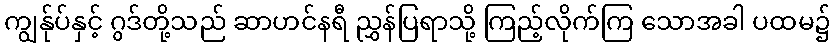
ကျွန်ုပ်နှင့် ဂွဒ်တို့သည် ဆာဟင်နရီ ညွှန်ပြရာသို့ ကြည့်လိုက်ကြ သောအခါ ပထမ၌